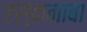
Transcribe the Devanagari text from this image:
एस्कनाबा